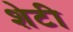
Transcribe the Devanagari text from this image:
शेटी